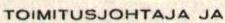
TOIMITUSJOHTAJA JA